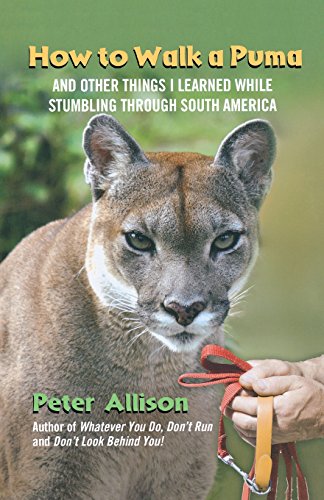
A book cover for How to Walk a Puma: And Other Things I Learned While Stumbling Through South America; Peter Allison; Travel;